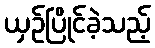
ယှဉ်ပြိုင်ခဲ့သည့်